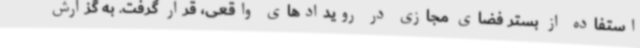
استفاده از بستر فضای مجازی در رویدادهای واقعی، قرار گرفت. به گزارش